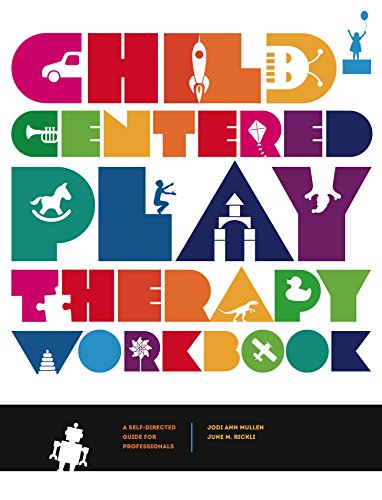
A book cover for Child-Centered Play Therapy Workbook: A Self-Directed Guide for Professionals; Jodi Ann Mullen; Medical Books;